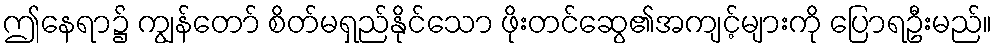
ဤနေရာ၌ ကျွန်တော် စိတ်မရှည်နိုင်သော ဖိုးတင်ဆွေ၏အကျင့်များကို ပြောရဦးမည်။